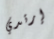
إرتدي